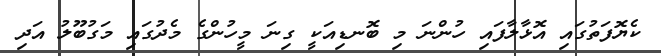
ކެޔޮފަތުގައި އޮޅާލާފައި ހުންނަ މި ބޮނޑިއަކީ ގިނަ މީހުންގެ މެދުގައި މަގުބޫލު އަދި